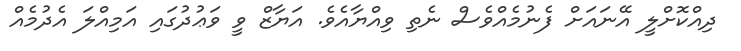
ދިއްކޮށްލީ އޭނައަށް ފެނުމެއްވެސް ނެތި ވިއްޔާއެވެ. އަޔާޒް ވީ ވަޢުދުގައި އަމިއްލަ އެދުމެއް